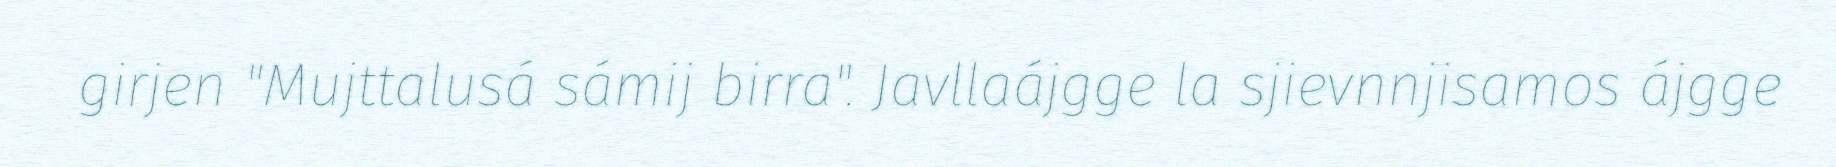
girjen "Mujttalusá sámij birra". Javllaájgge la sjievnnjisamos ájgge